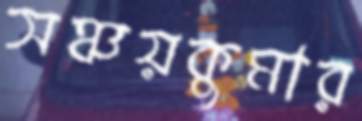
সঞ্চয়কুমার